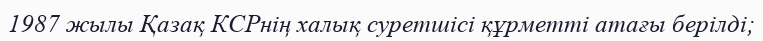
1987 жылы Қазақ КСРнің халық суретшісі құрметті атағы берілді;